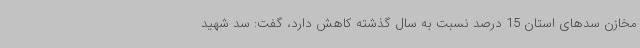
مخازن سدهای استان 15 درصد نسبت به سال گذشته کاهش دارد، گفت: سد شهید